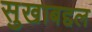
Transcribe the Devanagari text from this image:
सुखाबद्दल